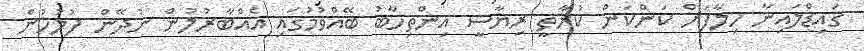
ގައިޑްލައިނާ ހިލާފަށް ކަންކަން ކުރާތީ ރިޔާސީ އިންތިހާބު ބޭއްވުމުގައި އެއްބާރުލުން ނުދޭން ފުލުހުން